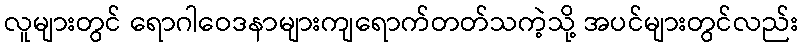
လူများတွင် ရောဂါဝေဒနာများကျရောက်တတ်သကဲ့သို့ အပင်များတွင်လည်း